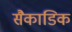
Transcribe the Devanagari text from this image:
सैकाडिक